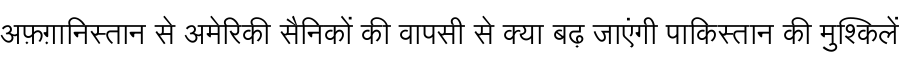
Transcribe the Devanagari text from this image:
अफ़ग़ानिस्तान से अमेरिकी सैनिकों की वापसी से क्या बढ़ जाएंगी पाकिस्तान की मुश्किलें